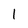
Character: 1